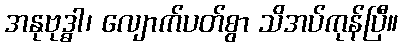
အနုဗုဒ္ဓါ၊ လျောက်ပတ်စွာ သိအပ်ကုန်ပြီ။